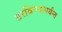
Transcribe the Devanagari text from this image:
ठरविण्यापर्यन्त